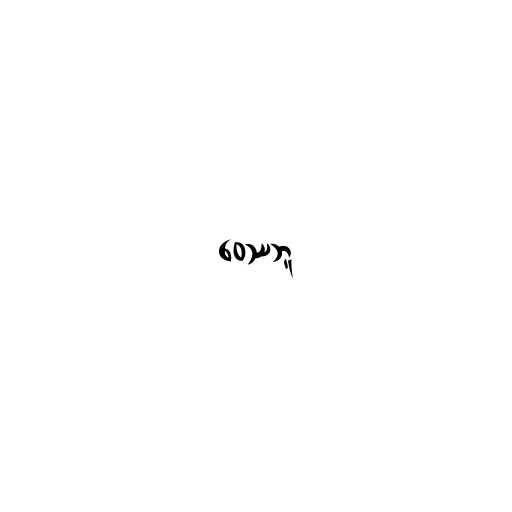
ဝေဿဘူ